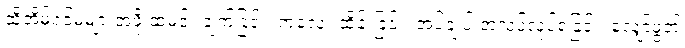
ထိုအိမ်ရှင်မများအဖို့ ထမင်း ချက်ခြင်း၊ ကလေး ထိန်းခြင်း၊ အပ်ချုပ် အလုပ်လုပ်ရခြင်း၊ လျှော်ဖွတ်